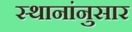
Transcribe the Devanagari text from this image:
स्थानांनुसार